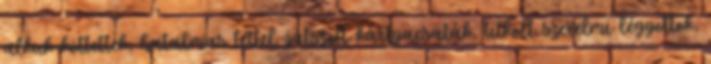
alkuk köttettek, hatalmas téttel játszott kártyacsaták, titkolt szerelmi légyottok,